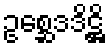
ဥစ္ဆေဒဒိဋ္ဌိ